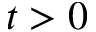
t > 0